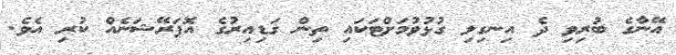
އޭނާގެ ބުރިވި ދެ އިނގިލި ގުޅުވުމަށްޓަކައި ތިން ގަޑިއިރުގެ އޮޕަރޭޝަނެއް ކުރި އެވެ.